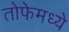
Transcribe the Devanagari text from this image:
तोफेमध्ये